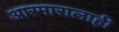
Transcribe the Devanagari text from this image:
आरमारालाही